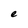
Character: e